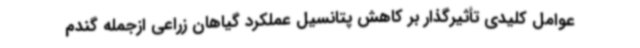
عوامل کلیدی تأثیرگذار بر کاهش پتانسیل عملکرد گیاهان زراعی ازجمله گندم